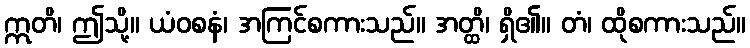
ဣတိ၊ ဤသို့။ ယံဝစနံ၊ အကြင်စကားသည်။ အတ္ထိ၊ ရှိ၏။ တံ၊ ထိုစကားသည်။